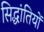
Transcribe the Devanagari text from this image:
सिद्धांतियों